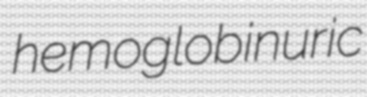
hemoglobinuric